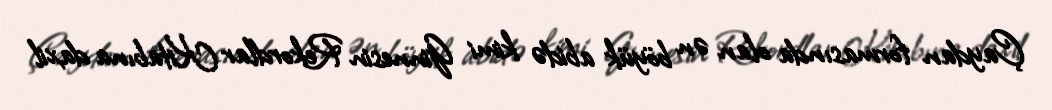
Çaydan formasında olan ən böyük abidə kimi Ginnesin Rekordlar Kitabına daxil